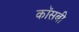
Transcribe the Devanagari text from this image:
कॉसबी